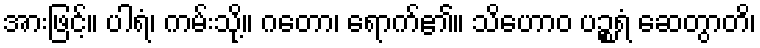
အားဖြင့်။ ပါရံ၊ ကမ်းသို့။ ဂတော၊ ရောက်၏။ သိဟောဝ ပဉ္စရံ ဆေတွာတိ၊